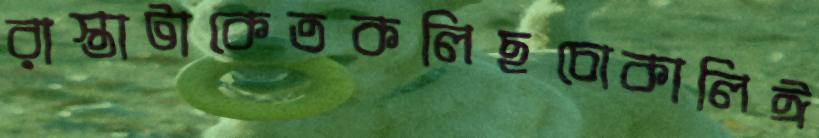
রাস্তাটাকেতকলিছচোকালিঈ